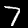
Label: 7